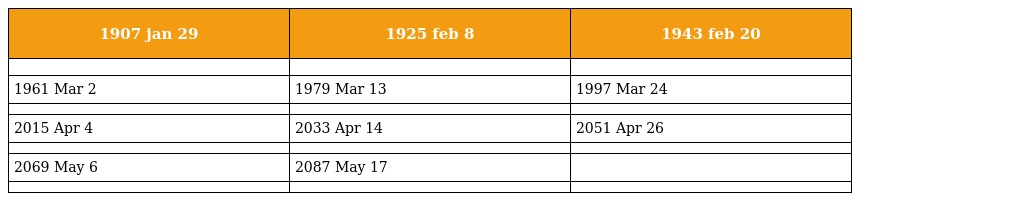
| 1907 jan 29 | 1925 feb 8 | 1943 feb 20 |
 | --- | --- | --- |
 |  |  |  |
 | 1961 Mar 2 | 1979 Mar 13 | 1997 Mar 24 |
 |  |  |  |
 | 2015 Apr 4 | 2033 Apr 14 | 2051 Apr 26 |
 |  |  |  |
 | 2069 May 6 | 2087 May 17 |  |
 |  |  |  |